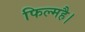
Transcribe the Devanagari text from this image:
फिल्महै।